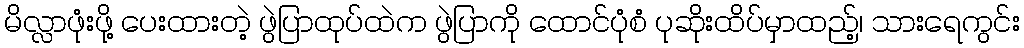
မိလ္လာဖုံးဖို့ ပေးထားတဲ့ ဖွဲပြာထုပ်ထဲက ဖွဲပြာကို ထောင်ပုံစံ ပုဆိုးထိပ်မှာထည့်၊ သားရေကွင်း